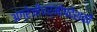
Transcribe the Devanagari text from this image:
अंग्रेज़ीधर्मोपदेशकों